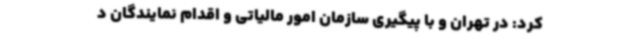
کرد: در تهران و با پیگیری سازمان امور مالیاتی و اقدام نمایندگان د